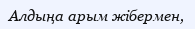
Алдыңа арым жібермен,